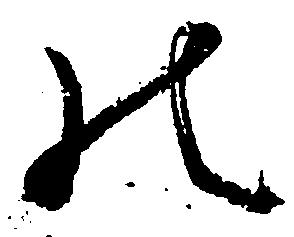
の